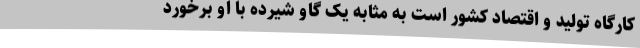
کارگاه تولید و اقتصاد کشور است به مثابه یک گاو شیرده با او برخورد